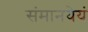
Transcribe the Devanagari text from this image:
संमानयेयं